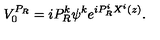
V _ { 0 } ^ { P _ { R } } = i P _ { R } ^ { k } \psi ^ { k } e ^ { i P _ { R } ^ { i } X ^ { i } ( z ) } .